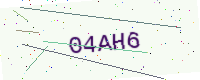
Text: 04AH6